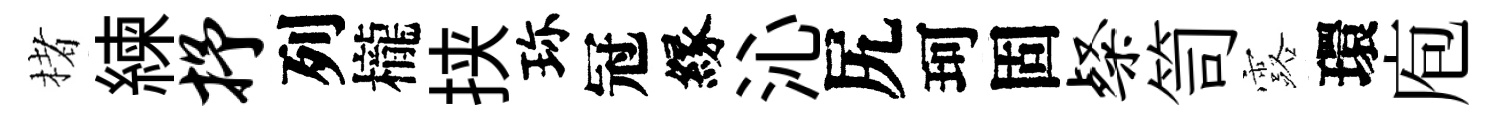
楮練抒列櫳挟珎冠縁沁尻珂固粲笥露環庖